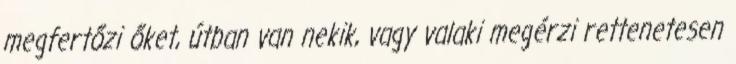
megfertőzi őket, útban van nekik, vagy valaki megérzi rettenetesen